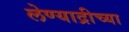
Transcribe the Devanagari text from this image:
लेण्याद्रीच्या